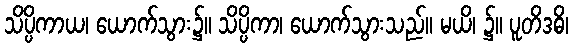
သိပ္ပိကာယ၊ ယောက်သွား၌။ သိပ္ပိကာ၊ ယောက်သွားသည်။ မယိ၊ ၌။ ပူတိဒဓိ၊